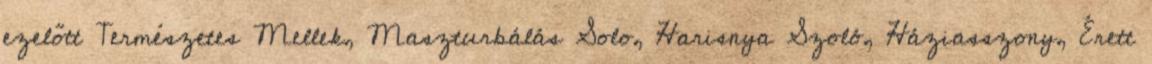
ezelőtt Természetes Mellek, Maszturbálás Solo, Harisnya Szoló, Háziasszony, Érett